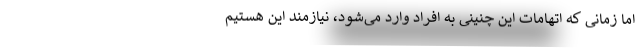
اما زمانی که اتهامات این چنینی به افراد وارد می‌شود، نیازمند این هستیم